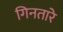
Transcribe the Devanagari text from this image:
गिनतारे